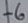
Text: -6